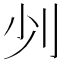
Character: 𠚺